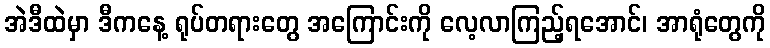
အဲဒီထဲမှာ ဒီကနေ့ ရုပ်တရားတွေ အကြောင်းကို လေ့လာကြည့်ရအောင်၊ အာရုံတွေကို